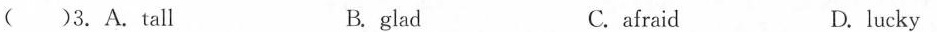
( )3.A. Tall B. glad C. afraid D. lucky